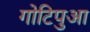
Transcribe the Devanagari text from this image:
गोटिपुआ